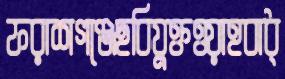
ফরাশগঞ্জেছবিযুক্তওয়াহবাধ্